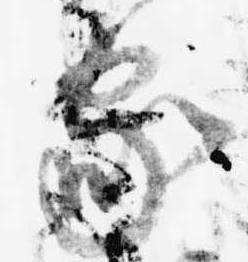
家